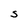
Character: S